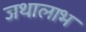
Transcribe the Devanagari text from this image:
जथालाभ